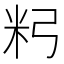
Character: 𥸲